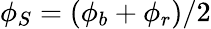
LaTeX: \phi_{S}=(\phi_{b}+\phi_{r})/2